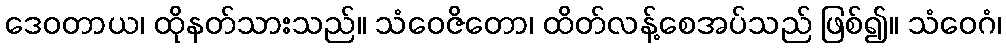
ဒေဝတာယ၊ ထိုနတ်သားသည်။ သံဝေဇိတော၊ ထိတ်လန့်စေအပ်သည် ဖြစ်၍။ သံဝေဂံ၊